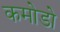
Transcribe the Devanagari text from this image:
कमोडो